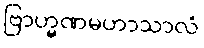
ဗြာဟ္မဏမဟာသာလံ